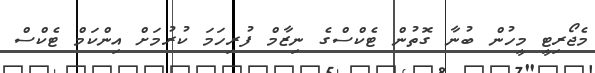
މެޖޯރިޓީ މީހުން ބުނާ ގޮތުން ޓެކްސްގެ ނިޒާމް ފުރިހަމަ ކުރުމަށް އިންކަމް ޓެކްސް